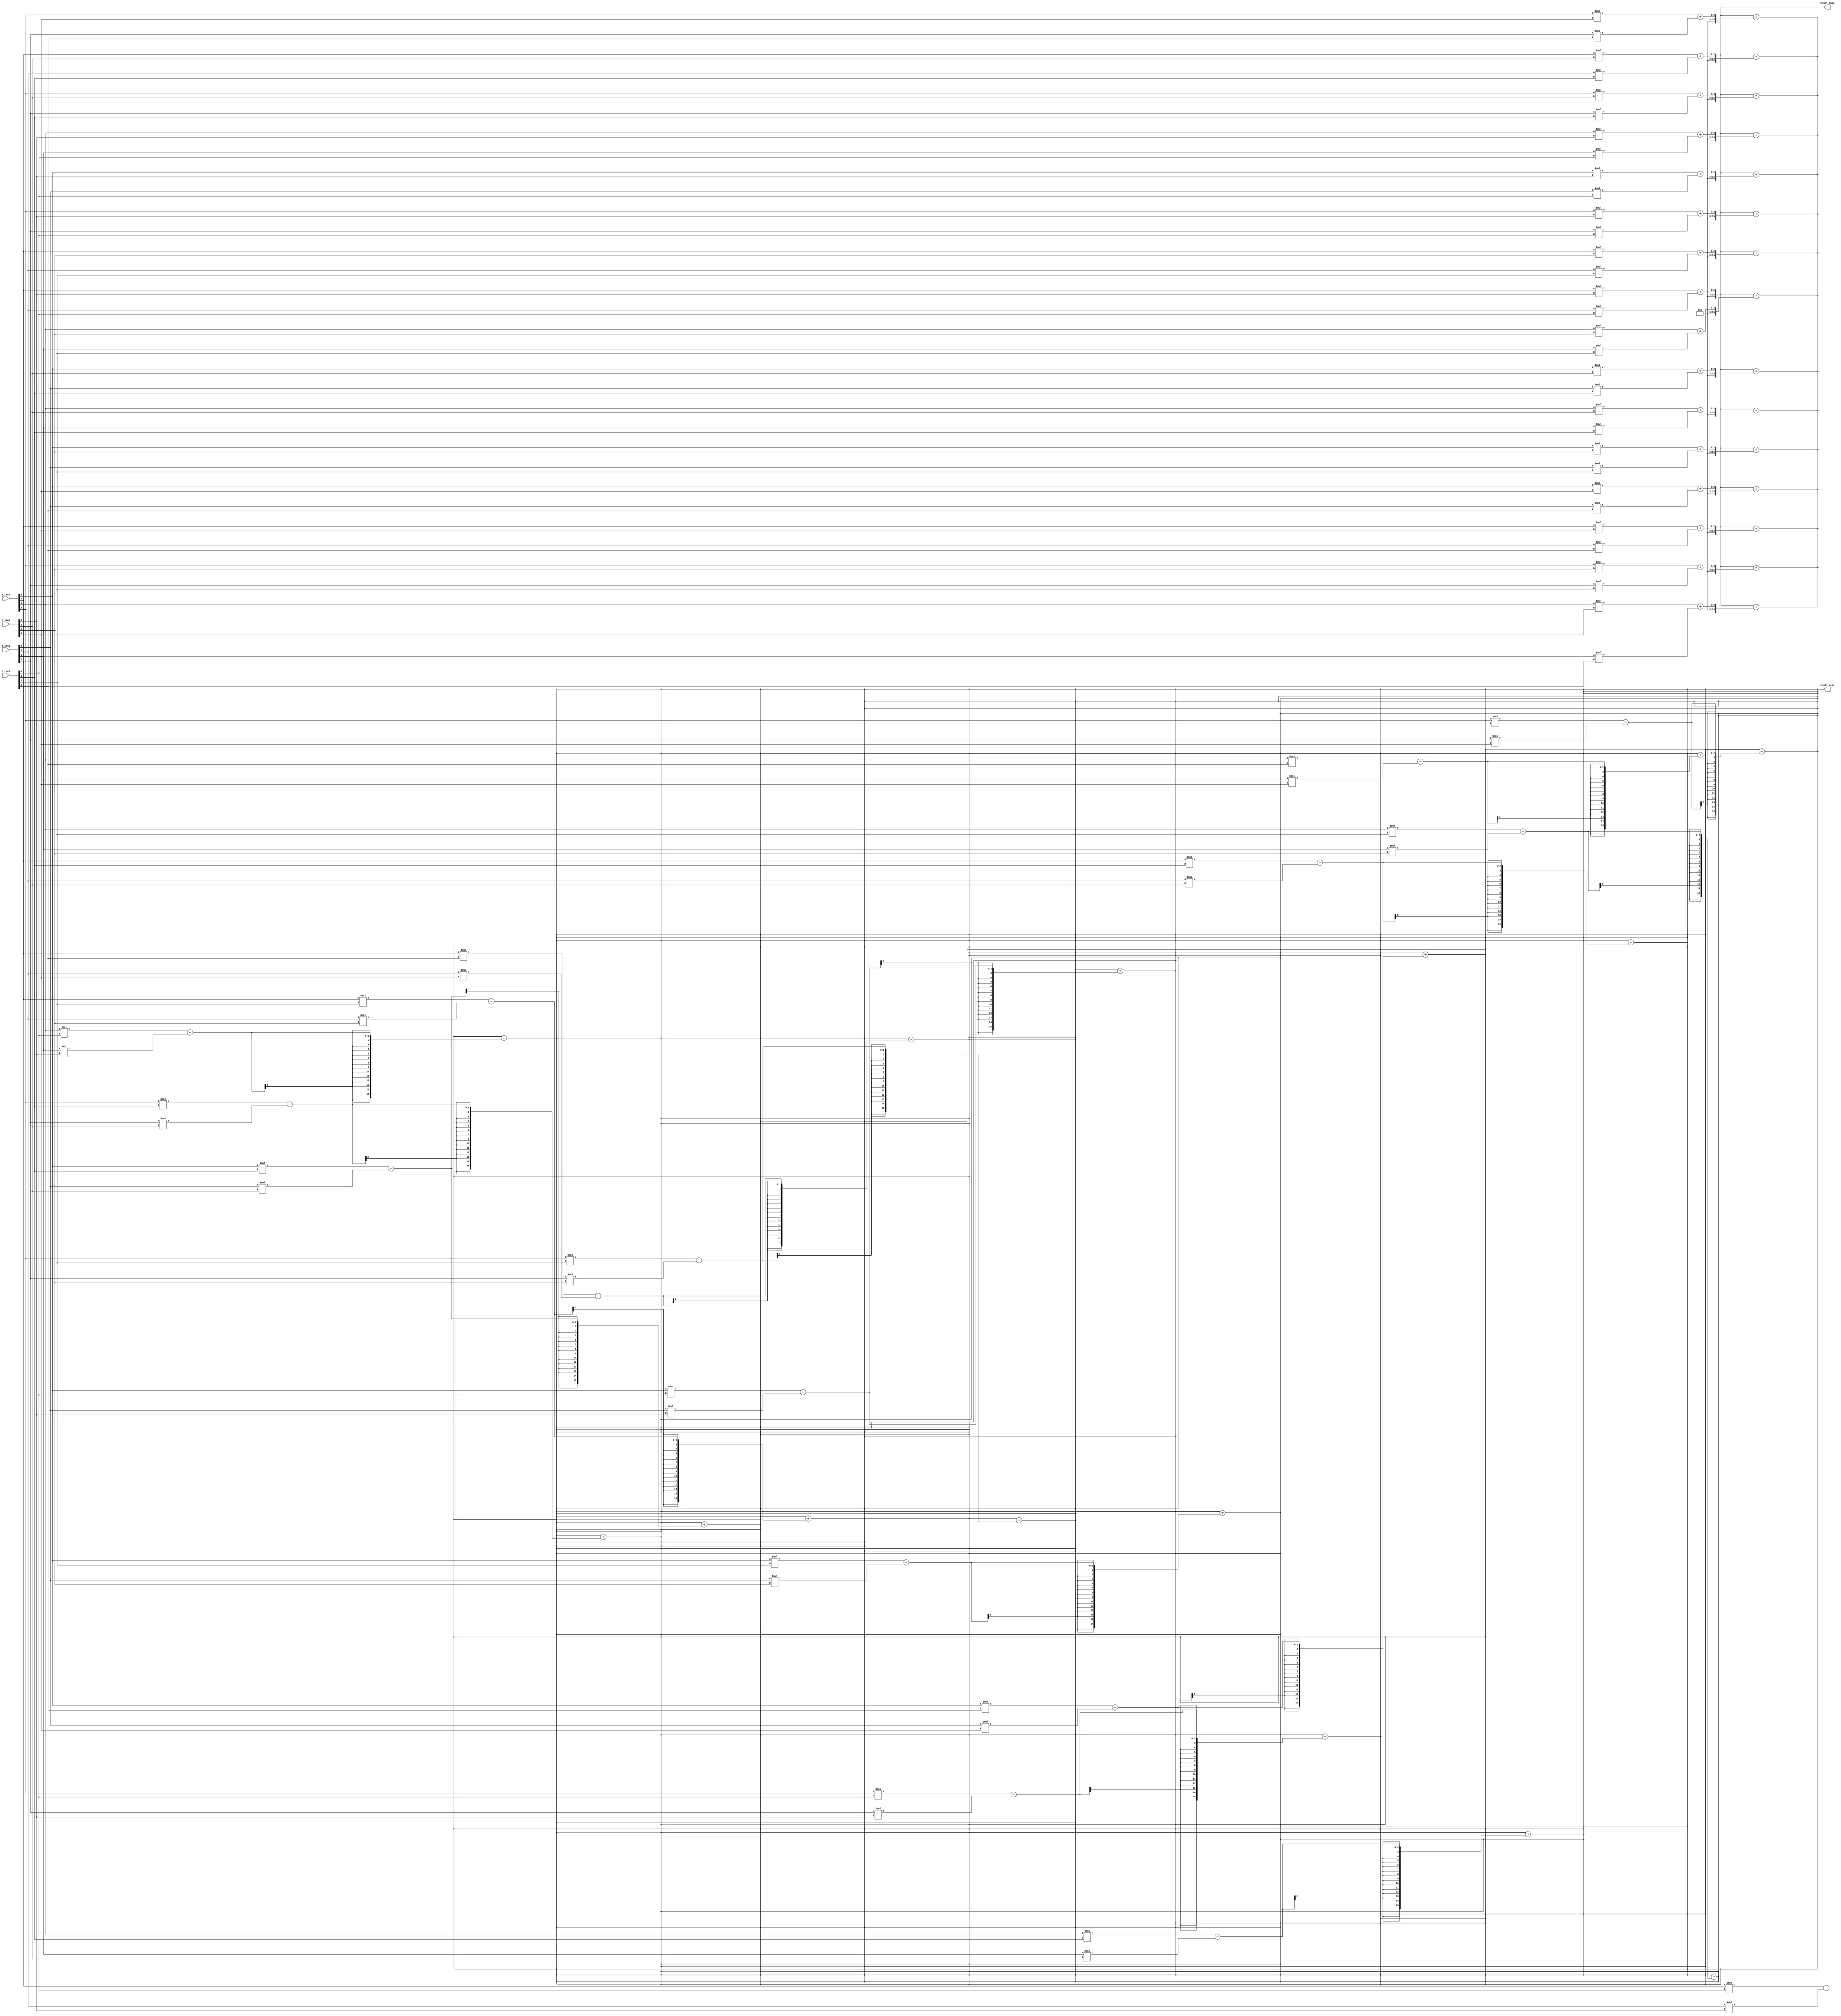
// This program was cloned from: https://github.com/Aryavardhan37/Verilog_codes
// License: MIT License

module MatrixMultiplier #(parameter N = 4)(
  input signed [7:0] a_real, a_imag, b_real, b_imag,
  output signed [15:0] result_real, result_imag
);

  wire signed [15:0] temp_real [N-1:0][N-1:0];
  wire signed [15:0] temp_imag [N-1:0][N-1:0];

  genvar i, j, k;
  generate
    for (i = 0; i < N; i = i + 1) begin : gen_rows
      for (j = 0; j < N; j = j + 1) begin : gen_columns
        assign temp_real[i][j] = (a_real[i] * b_real[j]) - (a_imag[i] * b_imag[j]);
        assign temp_imag[i][j] = (a_real[i] * b_imag[j]) + (a_imag[i] * b_real[j]);
      end
    end
  endgenerate

  assign result_real = temp_real[0][0];
  assign result_imag = temp_imag[0][0];
  for (i = 0; i < N; i = i + 1) begin : sum_rows
    for (j = 0; j < N; j = j + 1) begin : sum_columns
      if (i != 0 || j != 0) begin
        assign result_real = result_real + temp_real[i][j];
        assign result_imag = result_imag + temp_imag[i][j];
      end
    end
  end

endmodule